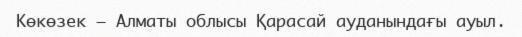
Көкөзек – Алматы облысы Қарасай ауданындағы ауыл.